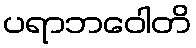
ပရာဘဝေါတိ